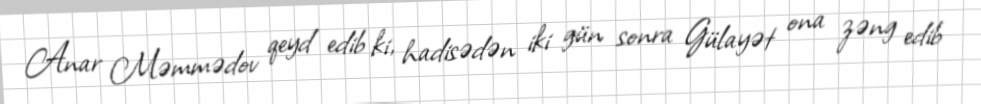
Anar Məmmədov qeyd edib ki, hadisədən iki gün sonra Gülayət ona zəng edib